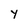
Character: Y